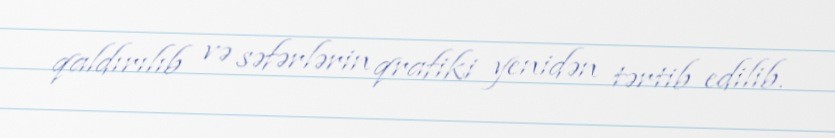
qaldırılıb və səfərlərin qrafiki yenidən tərtib edilib.